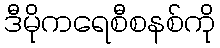
ဒီမိုကရေစီစနစ်ကို